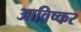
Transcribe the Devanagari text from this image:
आविष्कर